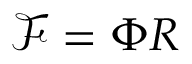
{ \mathcal { F } } = \Phi R